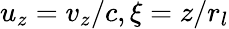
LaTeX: u_{z}=v_{z}/c,\xi=z/r_{l}